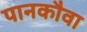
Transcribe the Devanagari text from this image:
पानकौवा